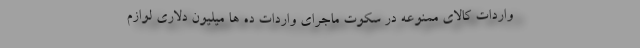
واردات کالای ممنوعه در سکوت ماجرای واردات ده ها میلیون دلاری لوازم